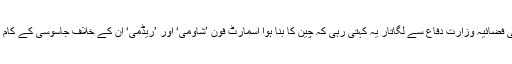
ہندوستانی فضائیہ وزارت دفاع سے لگاتار یہ کہتی رہی کہ چین کا بنا ہوا اسمارٹ فون ’شاؤمی‘ اور ’ریڈمی‘ ان کے خلاف جاسوسی کے کام آرہا ہے۔